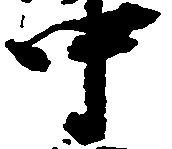
中